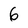
Character: 6